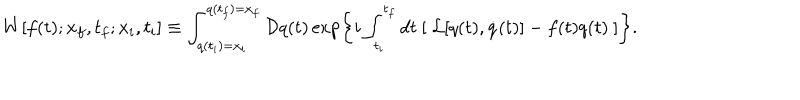
W [ f ( t ) ; x _ { f } , t _ { f } ; x _ { i } , t _ { i } ] \equiv \int _ { q ( t _ { i } ) = x _ { i } } ^ { q ( t _ { f } ) = x _ { f } } { \cal D } q ( t ) \exp \left\{ i \int _ { t _ { i } } ^ { t _ { f } } d t \ [ \ { \cal L } [ q ( t ) , \dot { q } ( t ) ] - f ( t ) q ( t ) \ ] \right\} .